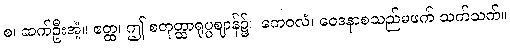
စ၊ ဆက်ဦးအံ့။ ဧတ္ထ၊ ဤ စတုတ္ထာရုပ္ပဈာန်၌။ ကေဝလံ၊ ဝေဒနာစသည်မဖက် သက်သက်။